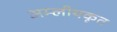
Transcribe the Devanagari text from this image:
अम्लीयकृत